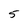
Character: 5